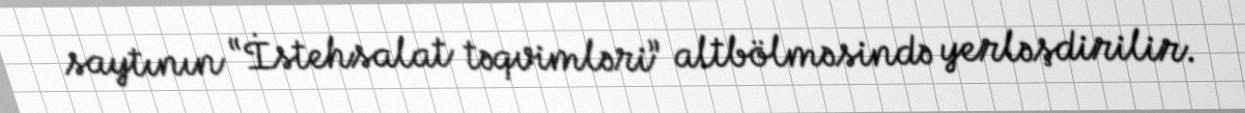
saytının “İstehsalat təqvimləri” altbölməsində yerləşdirilir.